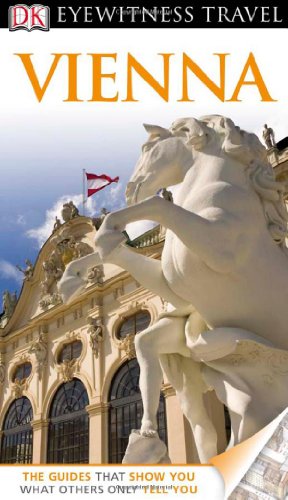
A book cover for DK Eyewitness Travel Guide: Vienna; Stephen Brook; Travel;